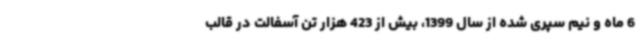
6 ماه و نیم سپری شده از سال 1399، بیش از 423 هزار تن آسفالت در قالب